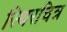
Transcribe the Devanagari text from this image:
स्थिरचित्र